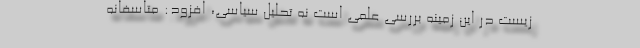
زیست در این زمینه بررسی علمی است نه تحلیل سیاسی، افزود: متاسفانه